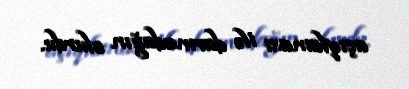
açıqlaması ilə darmadağın olurdu.